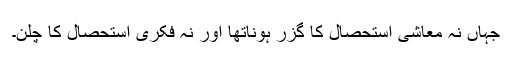
جہاں نہ معاشی استحصال کا گزر ہوناتھا اور نہ فکری استحصال کا چلن۔